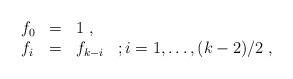
LaTeX: \begin{align*}\begin{array}{lll}f_{0}&=&1\;,\\ f_{i}&=&f_{k-i}\;\;\;;i=1,\ldots,(k-2)/2\;,\end{array}\end{align*}